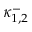
\kappa _ { 1 , 2 } ^ { - }